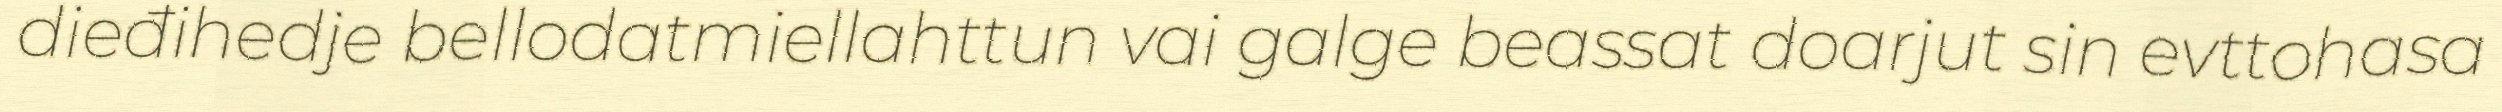
dieđihedje bellodatmiellahttun vai galge beassat doarjut sin evttohasa